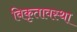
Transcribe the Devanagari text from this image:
विकृतावस्था